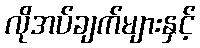
လိုအပ်ချက်များနှင့်